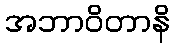
အဘာဝိတာနိ